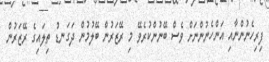
ފިރިހެނުންނާއި އަންހެނުންނަށް ވެސް ބޭނުންކުރެވޭ މި ރޭޒަރުން ބޭލުމުން ދަގަނޑު ތިލައިގެ ރޭޒަރުން